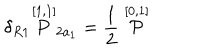
\delta _ { R 1 } \stackrel { [ 1 , 1 ] } { P } _ { 2 a _ { 1 } } = \frac { 1 } { 2 } \stackrel { [ 0 , 1 ] } { \cal P }